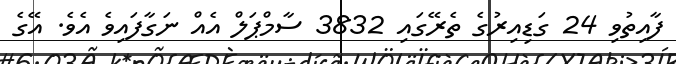
ފާއިތުވި 24 ގަޑިއިރުގެ ތެރޭގައި 3832 ސާމްޕަލް އެއް ނަގާފައިވެ އެވެ. އޭގެ